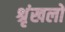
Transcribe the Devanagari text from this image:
श्रृंखलों